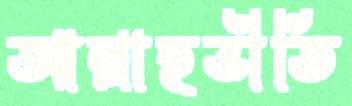
আল্লাহভীতি